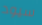
سيود